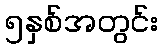
၅နှစ်အတွင်း